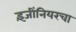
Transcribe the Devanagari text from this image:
इंजींनियरचा